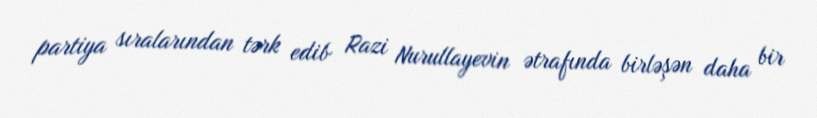
partiya sıralarından tərk edib Razi Nurullayevin ətrafında birləşən daha bir